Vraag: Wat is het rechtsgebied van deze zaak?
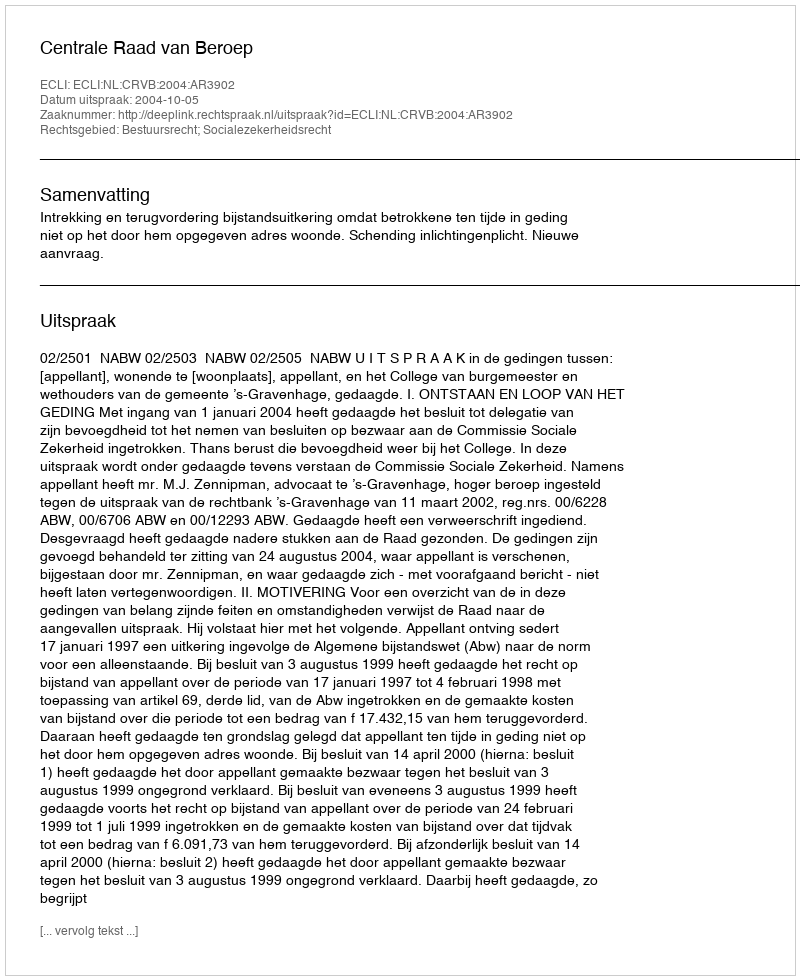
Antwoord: Bestuursrecht; Socialezekerheidsrecht